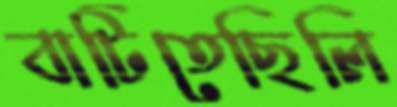
বাটিতেছিলি